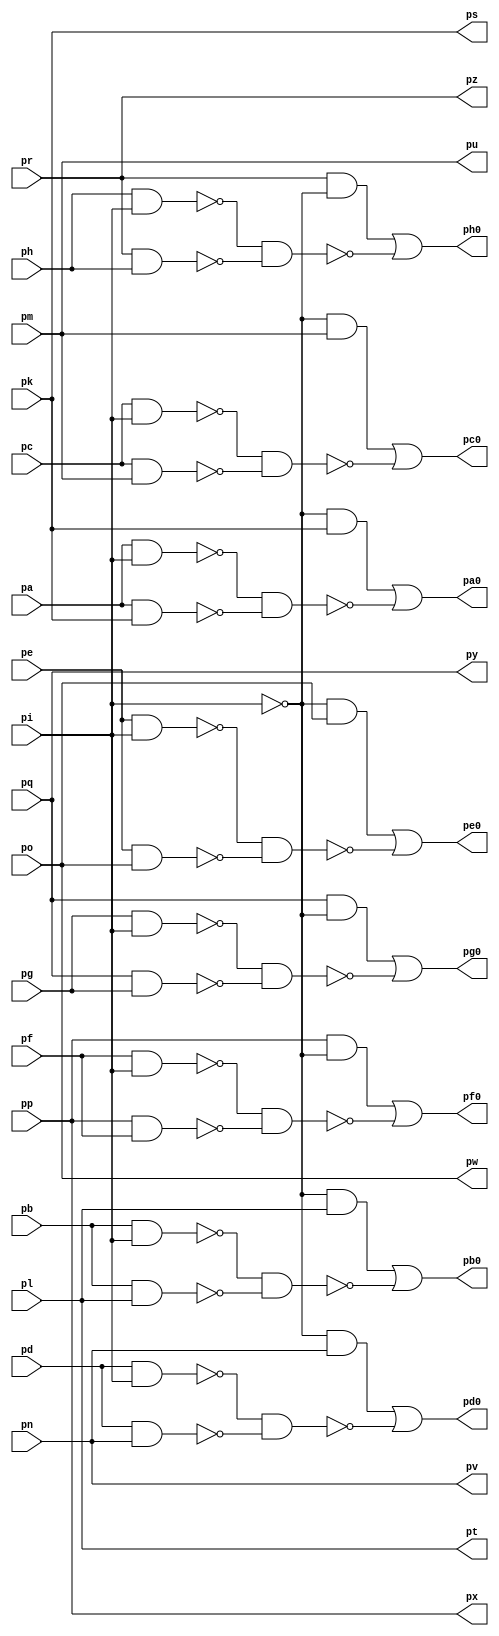
module top ( 
    pp, pq, pr, pa, pb, pc, pd, pe, pf, pg, ph, pi, pk, pl, pm, pn, po,
    pa0, pb0, pc0, ps, pd0, pt, pe0, pu, pf0, pv, pg0, pw, ph0, px, py, pz  );
  input  pp, pq, pr, pa, pb, pc, pd, pe, pf, pg, ph, pi, pk, pl, pm, pn,
    po;
  output pa0, pb0, pc0, ps, pd0, pt, pe0, pu, pf0, pv, pg0, pw, ph0, px, py,
    pz;
  wire new_n34_, new_n35_, new_n36_, new_n37_, new_n39_, new_n40_, new_n41_,
    new_n42_, new_n44_, new_n45_, new_n46_, new_n47_, new_n49_, new_n50_,
    new_n51_, new_n52_, new_n54_, new_n55_, new_n56_, new_n57_, new_n59_,
    new_n60_, new_n61_, new_n62_, new_n64_, new_n65_, new_n66_, new_n67_,
    new_n69_, new_n70_, new_n71_, new_n72_;
  assign new_n34_ = pa & pi;
  assign new_n35_ = pa & pk;
  assign new_n36_ = ~pi & pk;
  assign new_n37_ = ~new_n34_ & ~new_n35_;
  assign pa0 = new_n36_ | ~new_n37_;
  assign new_n39_ = pb & pi;
  assign new_n40_ = pb & pl;
  assign new_n41_ = ~pi & pl;
  assign new_n42_ = ~new_n39_ & ~new_n40_;
  assign pb0 = new_n41_ | ~new_n42_;
  assign new_n44_ = pc & pi;
  assign new_n45_ = pc & pm;
  assign new_n46_ = ~pi & pm;
  assign new_n47_ = ~new_n44_ & ~new_n45_;
  assign pc0 = new_n46_ | ~new_n47_;
  assign new_n49_ = pd & pi;
  assign new_n50_ = pd & pn;
  assign new_n51_ = ~pi & pn;
  assign new_n52_ = ~new_n49_ & ~new_n50_;
  assign pd0 = new_n51_ | ~new_n52_;
  assign new_n54_ = pe & pi;
  assign new_n55_ = pe & po;
  assign new_n56_ = ~pi & po;
  assign new_n57_ = ~new_n54_ & ~new_n55_;
  assign pe0 = new_n56_ | ~new_n57_;
  assign new_n59_ = pf & pi;
  assign new_n60_ = pp & pf;
  assign new_n61_ = pp & ~pi;
  assign new_n62_ = ~new_n59_ & ~new_n60_;
  assign pf0 = new_n61_ | ~new_n62_;
  assign new_n64_ = pg & pi;
  assign new_n65_ = pq & pg;
  assign new_n66_ = pq & ~pi;
  assign new_n67_ = ~new_n64_ & ~new_n65_;
  assign pg0 = new_n66_ | ~new_n67_;
  assign new_n69_ = ph & pi;
  assign new_n70_ = pr & ph;
  assign new_n71_ = pr & ~pi;
  assign new_n72_ = ~new_n69_ & ~new_n70_;
  assign ph0 = new_n71_ | ~new_n72_;
  assign ps = pk;
  assign pt = pl;
  assign pu = pm;
  assign pv = pn;
  assign pw = po;
  assign px = pp;
  assign py = pq;
  assign pz = pr;
endmodule